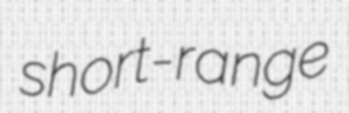
short-range